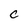
Character: C